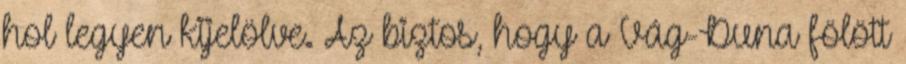
hol legyen kijelölve. Az biztos, hogy a Vág-Duna fölött